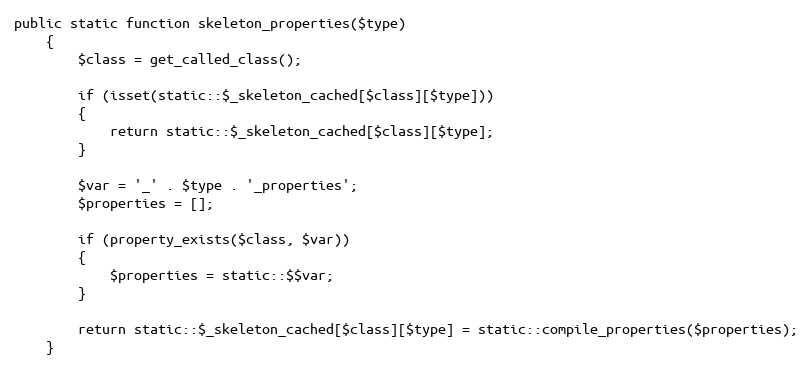
Language: PHP
public static function skeleton_properties($type)
	{
		$class = get_called_class();

		if (isset(static::$_skeleton_cached[$class][$type]))
		{
			return static::$_skeleton_cached[$class][$type];
		}

		$var = '_' . $type . '_properties';
		$properties = [];

		if (property_exists($class, $var))
		{
			$properties = static::$$var;
		}

		return static::$_skeleton_cached[$class][$type] = static::compile_properties($properties);
	}